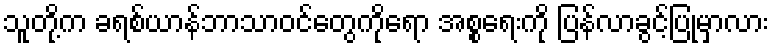
သူတို့က ခရစ်ယာန်ဘာသာဝင်တွေကိုရော အစ္စရေးကို ပြန်လာခွင့်ပြုမှာလား